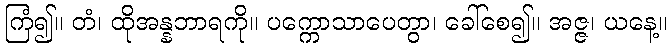
ကြံ၍။ တံ၊ ထိုအန္နဘာရကို။ ပက္ကောသာပေတွာ၊ ခေါ်စေ၍။ အဇ္ဇ၊ ယနေ့။